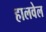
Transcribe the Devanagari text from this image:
हालवेल